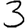
Digit: 3